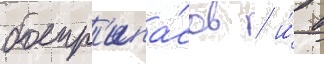
боепр'ипа́сов / и́ в